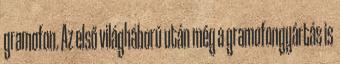
gramofon. Az első világháború után még a gramofongyártás is